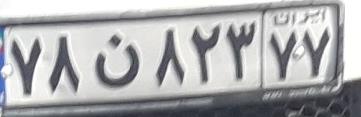
۷۸ن۸۲۳۷۷